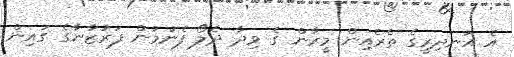
އެ އަނދިރީގެ ތެރެއިން މީރާން ގެ ވިދާ ދެލޯ ފެނުމުން ފަރުޒާނާގެ ގައިން